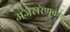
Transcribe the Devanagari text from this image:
अजस्ररेणूकीय